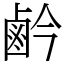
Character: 鹶